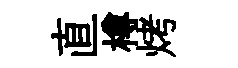
直樽烤